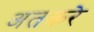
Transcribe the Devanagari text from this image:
अतकरे